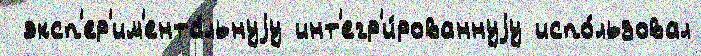
 эксп'ер'им'ента́льнуjу инт'егр'и́рованнуjу испо́льзовал